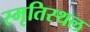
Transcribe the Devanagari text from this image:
स्मृतिस्थल